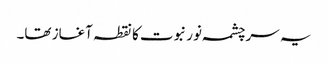
یہ سرچشمہ نور نبوت کا نقطہ آغاز تھا۔